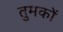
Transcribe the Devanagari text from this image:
तुमकों